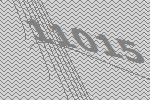
11015